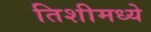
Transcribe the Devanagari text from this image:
तिशीमध्ये